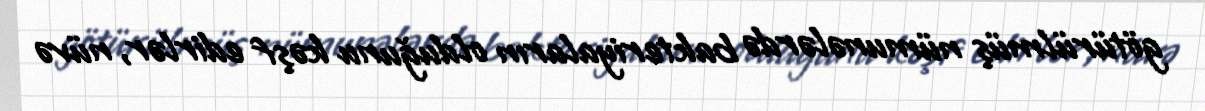
götürülmüş nümunələrdə bakteriyaların olduğunu kəşf edirlər, nüvə